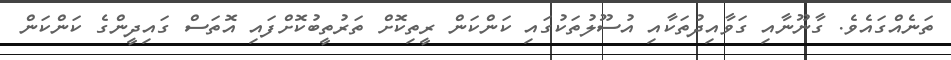
ތަނެއްގައެވެ. ގާނޫނާއި ގަވާއިދުތަކާއި އުސޫލުތަކުގައި ކަންކަން ރީތިކޮށް ތަރުތީބުކޮށްފައި އޮތަސް ގައިދީންގެ ކަންކަން